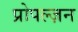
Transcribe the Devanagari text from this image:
प्रोपल्ज़न